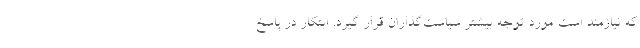
که نیازمند است مورد توجه بیشتر سیاست‌گذاران قرار گیرد. ابتکار در پاسخ